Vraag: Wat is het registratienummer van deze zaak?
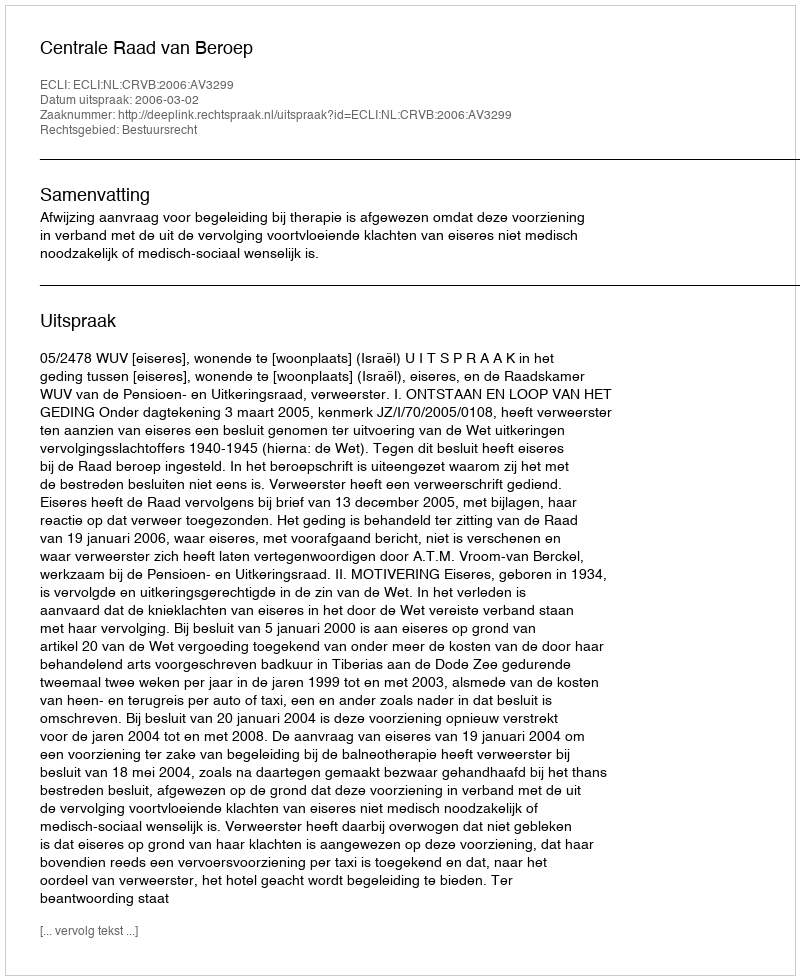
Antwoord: http://deeplink.rechtspraak.nl/uitspraak?id=ECLI:NL:CRVB:2006:AV3299